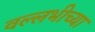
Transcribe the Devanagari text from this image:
वल्लभीच्या